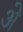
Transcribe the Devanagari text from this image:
अे